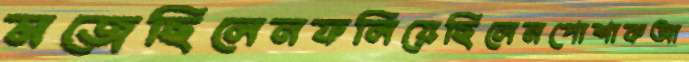
মজেছিলেনফলিয়েছিলেনপোশাকআ